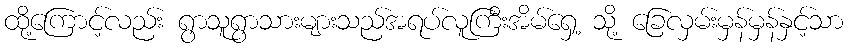
ထို့ကြောင့်လည်း ရွာသူရွာသားများသည်အရပ်လူကြီးအိမ်ရှေ့ သို့ ခြေလှမ်းမှန်မှန်နှင့်သာ